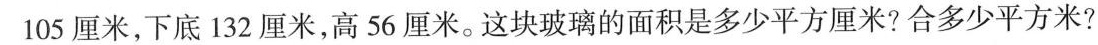
105厘米，下底132厘米，高56厘米。这块玻璃的面积是多少平方厘米？合多少平方米？